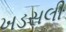
ખડસલી